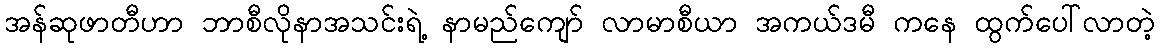
အန်ဆုဖာတီဟာ ဘာစီလိုနာအသင်းရဲ့ နာမည်ကျော် လာမာစီယာ အကယ်ဒမီ ကနေ ထွက်ပေါ်လာတဲ့